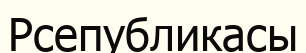
Рсепубликасы